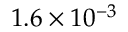
1 . 6 \times 1 0 ^ { - 3 }